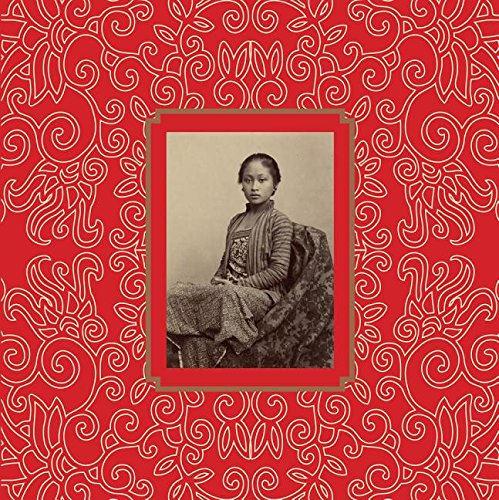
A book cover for Garden of the East: Photography in Indonesia 1850s-1940s; Gael Newton; Travel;